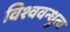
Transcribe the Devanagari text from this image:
विश्ववन्धुत्व